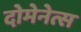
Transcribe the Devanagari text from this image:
दोमेनेत्स